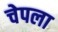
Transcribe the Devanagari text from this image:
चेपला